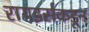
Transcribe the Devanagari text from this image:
रायडर्सकडून